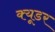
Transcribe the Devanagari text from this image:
क्यूडर